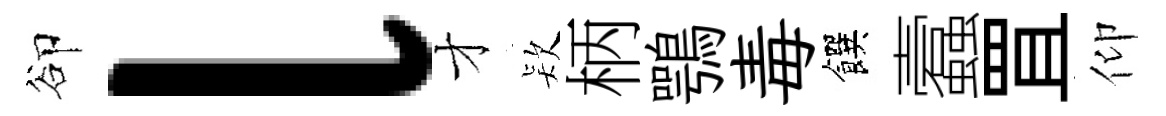
卻l才𣣇柄鶚毒饌蠧罝仰